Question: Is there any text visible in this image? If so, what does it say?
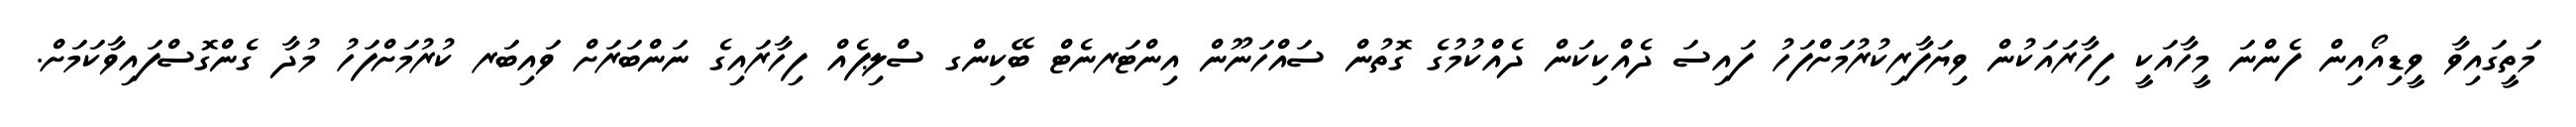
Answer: މަތީގައިވާ ވީޑިއޯއިން ފެންނަ މީހާއަކީ ފިހާރައަކުން ވިޔަފާރިކުރުމަށްފަހު ފައިސަ ދެއްކިކަން ދެއްކުމުގެ ގޮތުން ސައްހަނޫން އިންޓަރނެޓް ބޭކިންގ ސްލިޕެއް ފިހާރައިގެ ނަންބަރަށް ވައިބަރ ކުރުމަށްފަހު މުދާ ގެންގޮސްފައިވާކަމަށް.